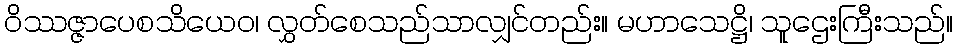
ဝိဿဇ္ဇာပေစသိယေဝ၊ လွှတ်စေသည်သာလျှင်တည်း။ မဟာသေဋ္ဌိ၊ သူဌေးကြီးသည်။